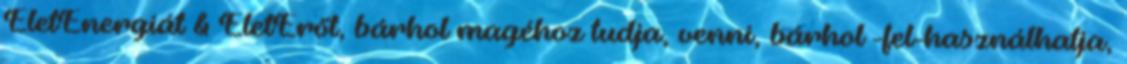
ÉletEnergiát & ÉletErőt, bárhol magéhoz tudja, venni, bárhol -fel-használhatja,